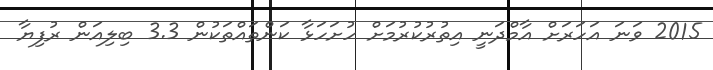
2015 ވަނަ އަހަރަށް އާމްދަނީ އިތުރުކުރުމަށް ހުށަހަޅާ ކަންތައްތަކުން 3.3 ބިލިއަން ރުފިޔާ